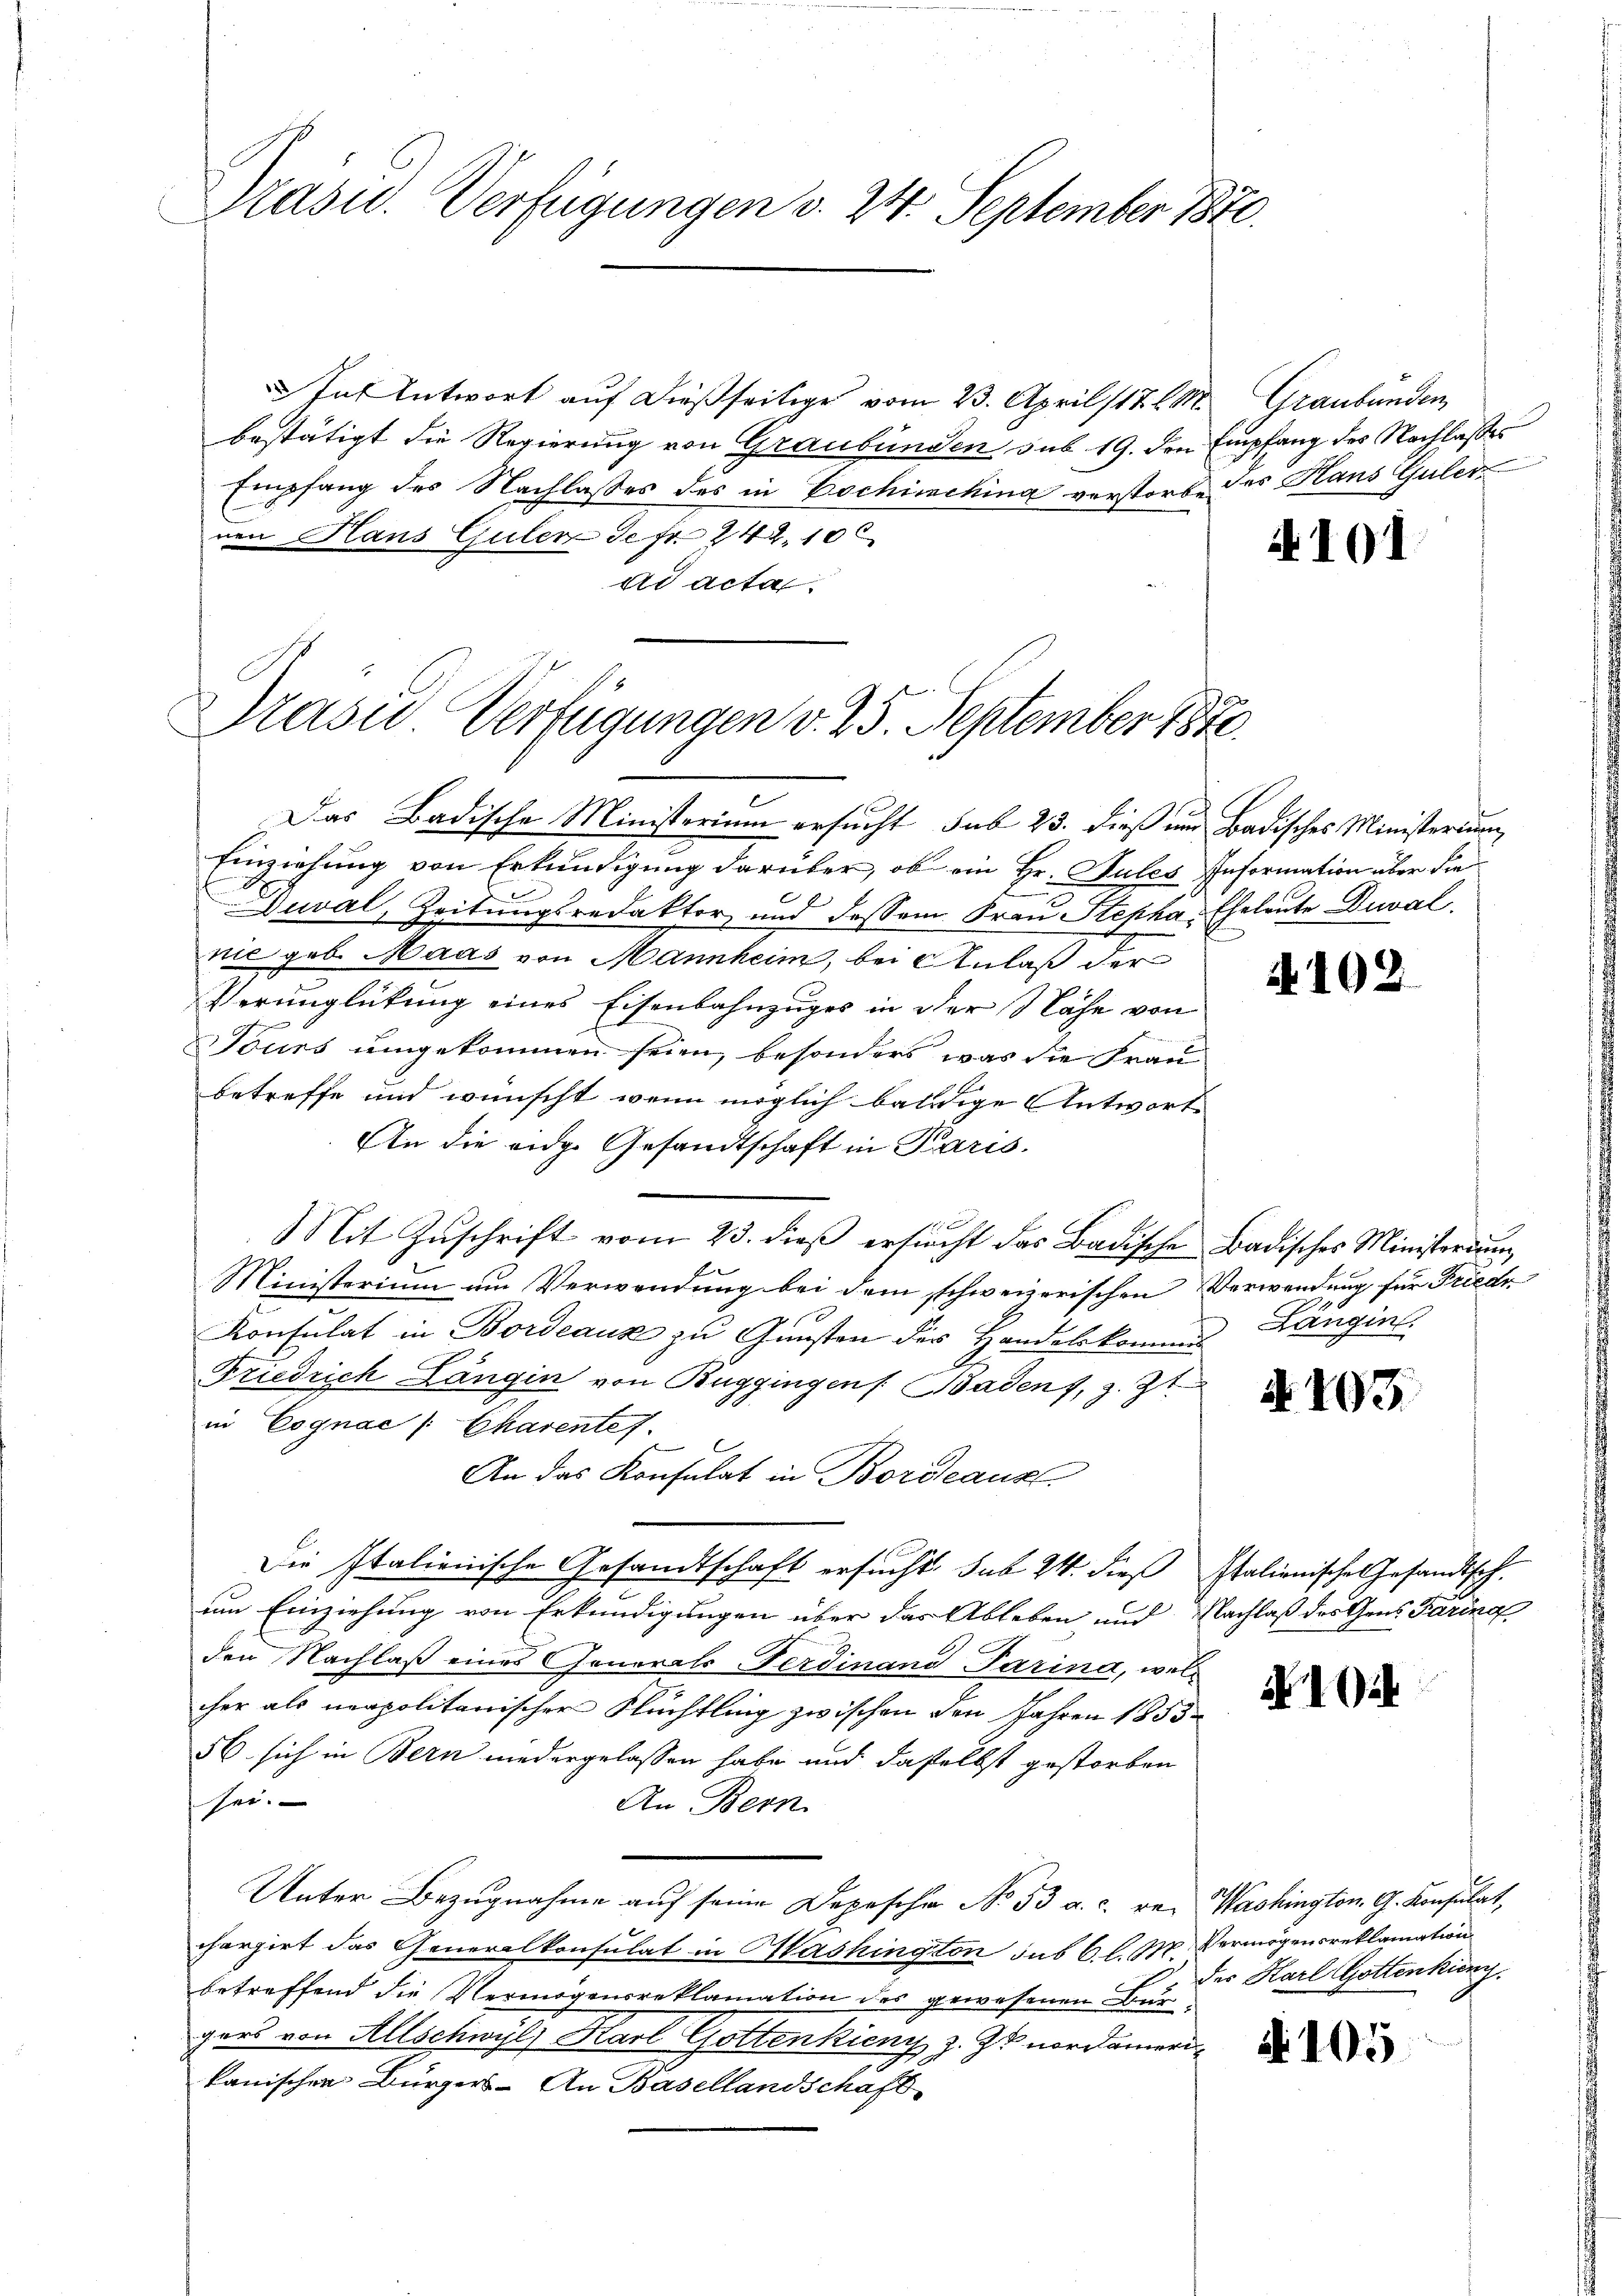
Präsid. Verfügungen v. 24. September 1870.

In Antwort auf dießseitige vom 23. April 117 l. M.
bestätigt die Regierung von Graubünden sub 19. den Empfang des Nachlasses
Empfang des Nachlasses des in Bochiechina verstorbe des Haus Guler
von Hans Gulen de fr. 242. 10
ad acta

Präsid. Verfügungen v. 25. September 1870.

Das Badische Ministerium ersucht sub 23. dieß und Badisches Ministerium
Einziehung von Erkundigung darüber, ob ein Hr. Sules Information über die
Duval, Zeitungsredaktor und dessen Frau Stepha, Eheleute Duval.
nie geb. Maas von Mannheim, bei Anlaß der
Verunglückung eines Eisenbahnzuges in der Nähe von
Tours umgekommen seien, besonders, was die Frau
betreffe und wünscht, wenn möglich baldige Antworte
An die eidg. Gesandtschaft in Paris.
Mit Zŭschrift vom 23. dieβ ersŭcht das Badische Badisches Ministerium
Ministerium um Verwendung bei dem schweizerischen Verwendung für Friedr
Konsulat in Bordeaux zu Gunsten der Handelskommes Langins.
Friedrich Langin von Buggingen Baden, z. Zt.
in Cognac / Charentes.

An das Konsulat in Bordeaux
Die Italienische Gesandtschaft ersucht. sub 24. dieß Italienische Gesandtsch.
um Einziehung von Erkundigungen über das Ableben und Nachlaß des Gens Faring
den Nachlaß eines Generals Ferdinand Parina, welcher als neapolitanischer Nüchtling zwischen den Jahren 1853
56. sich in Bern niedergelassen habe und daselbst gestorben
sei.
An Bern.
Unter Bezŭgnahme aŭf seine Depesche No. 53 a. c. re- Washington G. Konsulat,
chargirt das Generalkonsulat in Washington sub 6 l. 10. Vermögensreklamation
betreffend die Vermögensreklamation des gewesenen Burgers von Allschwyl, Karl Gottenkicny z. Z. nordamerikanischen Bürgers - An Basellandschaft

Graubünden

4101

4102

8

A 103.

1 ib

des Harl Gottenkung.

A 105